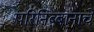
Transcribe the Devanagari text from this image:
परिनिब्बानाचे